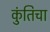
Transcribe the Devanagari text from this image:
कुंतिचा